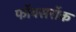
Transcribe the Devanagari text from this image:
फॉक्सरॉक